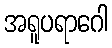
အရူပရာဂေါ